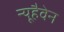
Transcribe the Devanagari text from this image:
न्यूहैवेन